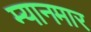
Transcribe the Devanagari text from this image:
म्‍यानमार